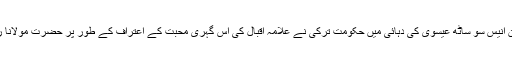
علامہ اقبال خود کو مریدِ ہندی اور مولانا جلال الدین کو پیرِ رومی کہتے تھے، سن انیس سو ساٹھ عیسوی کی دہائی میں حکومتِ ترکی نے علامہ اقبال کی اس گہری محبت کے اعتراف کے طور پر حضرت مولانا روم کے قریب علامہ اقبال کی علامتی قبر بنا رکھی ہے جس پر یہ الفاظ کنندہ ہیں۔